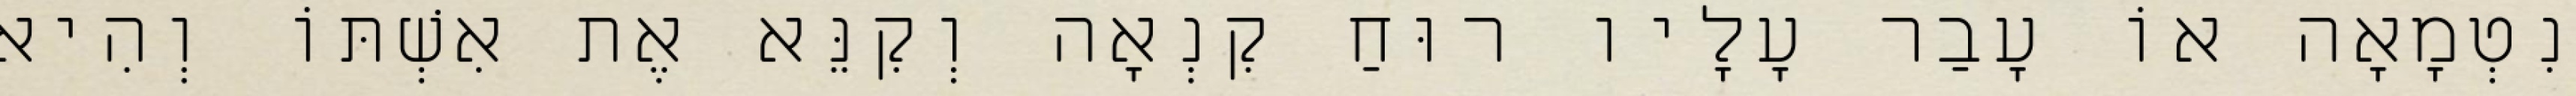
נִטְמָאָה אוֹ עָבַר עָלָיו רוּחַ קִנְאָה וְקִנֵּא אֶת אִשְׁתּוֹ וְהִיא